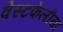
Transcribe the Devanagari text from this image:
वेस्टफेलीया